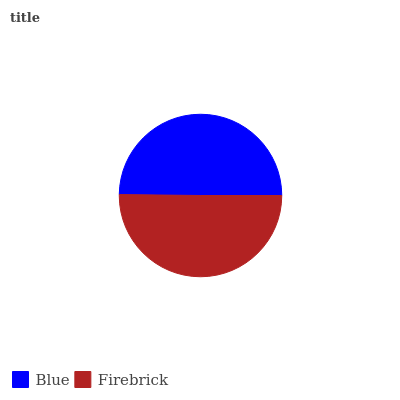
| Blue | Firebrick |
 | --- | --- |
 | 49.8% | 50.2% |